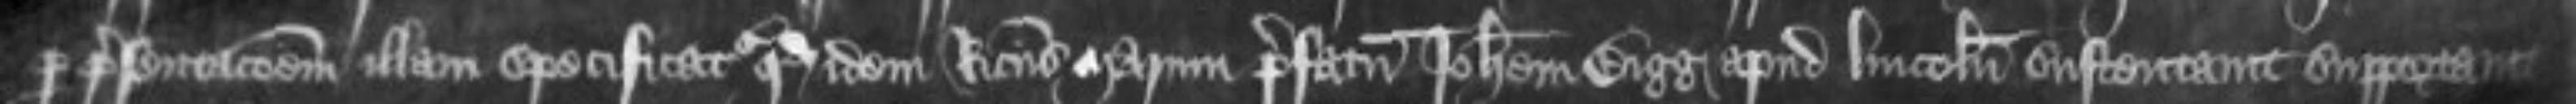
per presentacionem illam specificatur quod idem Ricardus Marum prefatum Johannem Bigg apud Lincolniam sustentavit supportavit